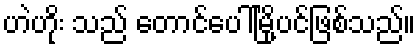
ဟဲဟိုး သည် တောင်ပေါ်မြို့ပင်ဖြစ်သည်။